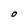
Character: O